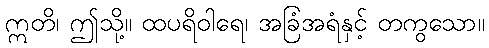
ဣတိ၊ ဤသို့။ ထပရိဝါရေ၊ အခြံအရံနှင့် တကွသော။